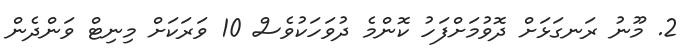
2. މޫނު ރަނގަޅަށް ދޮވުމަށްފަހު ކޮންމެ ދުވަހަކުވެސް 10 ވަރަކަށް މިނިޓް ވަންދެން